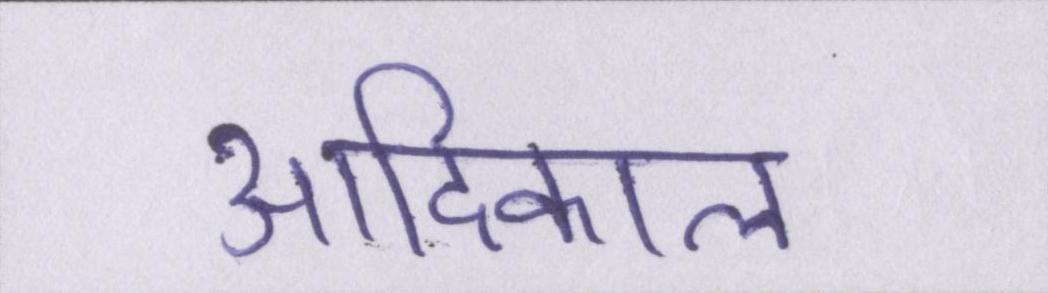
आदिकाल